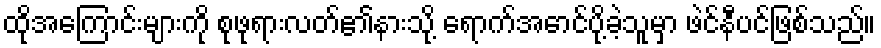
ထိုအကြောင်းများကို စုဖုရားလတ်၏နားသို့ ရောက်အောင်ပို့ခဲ့သူမှာ ဖဲင်နီပင်ဖြစ်သည်။